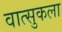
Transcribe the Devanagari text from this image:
वात्सुकला